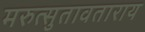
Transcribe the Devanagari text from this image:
मरुत्सुतावताराय